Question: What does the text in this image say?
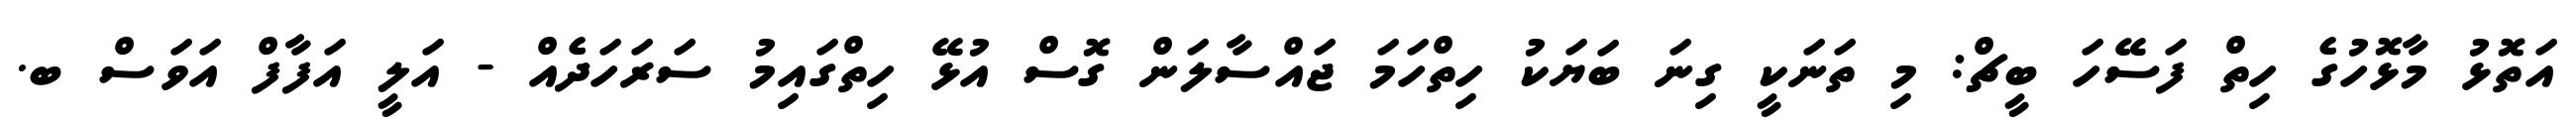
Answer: އަތޮޅު މާޅޮހުގެ ހިތް ފަސޭހަ ބީޗް: މި ތަނަކީ ގިނަ ބަޔަކު ހިތްހަމަ ޖައްސާލަން ގޮސް އުޅޭ ހިތްގައިމު ސަރަހަދެއް - އަލީ އަފާފް އަވަސް ބ.